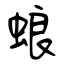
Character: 蜋